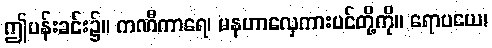
ဤပန်းခင်း၌။ ကဏီကာရေ၊ မနဟာလှေကားပင်တို့ကို။ ရောပယေ၊